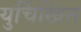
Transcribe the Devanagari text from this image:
युर्चिखिन